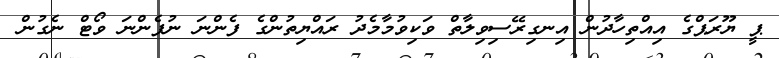
ޕީ ޔޫރަޕްގެ އިއްތިހާދުން އިނގިރޭސިވިލާތް ވަކިވުމާމެދު ރައްޔިތުންގެ ފެންނަ ނުފެންނަ ވޯޓް ނެގުން